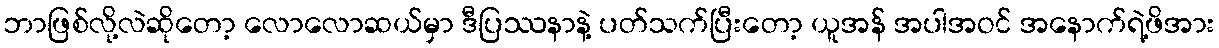
ဘာဖြစ်လို့လဲဆိုတော့ လောလောဆယ်မှာ ဒီပြဿနာနဲ့ ပတ်သက်ပြီးတော့ ယူအန် အပါအဝင် အနောက်ရဲ့ဖိအား